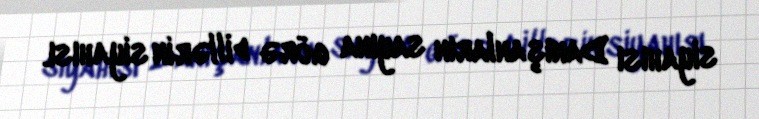
siyahısı Danışanların sayına görə dillərin siyahısı.